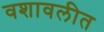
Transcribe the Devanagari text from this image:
वशावलीत